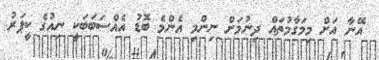
އޭނާ އަށް މިމަގާމުތައް ދިނުމަށް ނިންމި އެންމެ ބޮޑު އެއްސަބަބަކީ ނިއުގެ ކީޕަރު